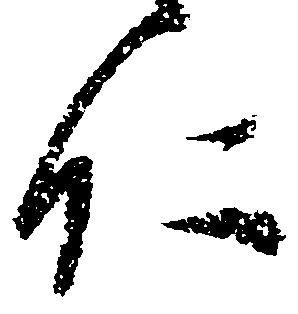
仁